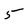
Character: 5